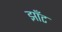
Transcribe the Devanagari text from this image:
झाँट